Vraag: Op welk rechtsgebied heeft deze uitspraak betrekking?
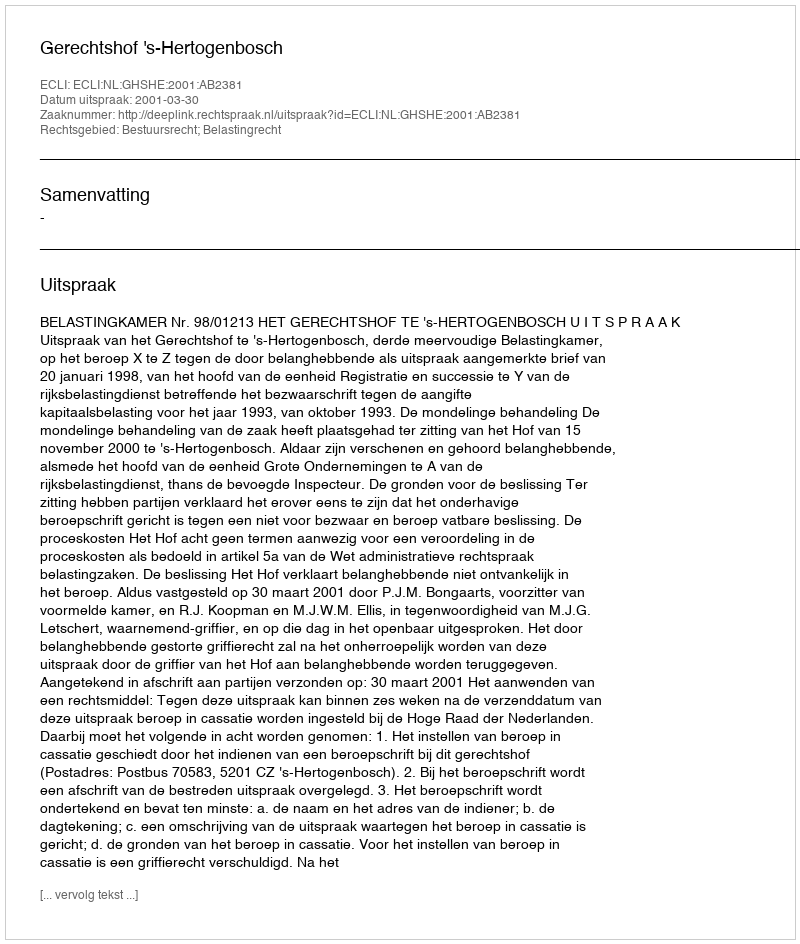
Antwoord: Bestuursrecht; Belastingrecht